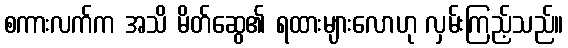
စကားလက်က အသိ မိတ်ဆွေ၏ ရထားများလောဟု လှမ်းကြည့်သည်။